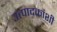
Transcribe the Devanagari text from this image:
उत्पादकांशी